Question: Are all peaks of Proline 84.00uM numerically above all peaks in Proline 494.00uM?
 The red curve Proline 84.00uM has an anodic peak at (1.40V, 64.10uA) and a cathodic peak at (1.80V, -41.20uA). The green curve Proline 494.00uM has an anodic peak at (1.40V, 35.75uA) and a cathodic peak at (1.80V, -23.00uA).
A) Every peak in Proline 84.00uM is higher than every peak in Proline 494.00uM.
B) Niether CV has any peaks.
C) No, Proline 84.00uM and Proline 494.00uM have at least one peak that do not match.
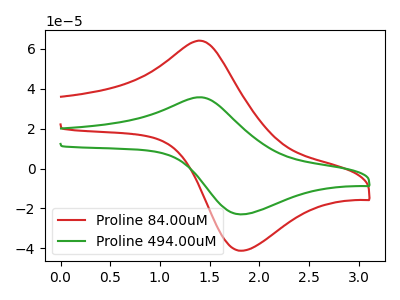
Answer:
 <answer>A) Every peak in "Proline 84.00uM" is higher than every peak in "Proline 494.00uM".</answer>
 <eval>A</eval>